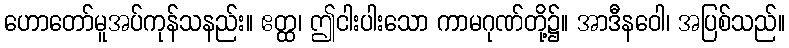
ဟောတော်မူအပ်ကုန်သနည်း။ ဧတ္ထ၊ ဤငါးပါးသော ကာမဂုဏ်တို့၌။ အာဒီနဝေါ၊ အပြစ်သည်။